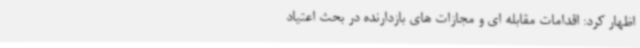
اظهار کرد: اقدامات مقابله ای و مجازات های بازدارنده در بحث اعتیاد